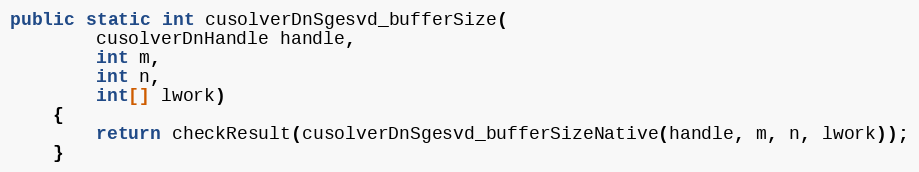
Language: Java
public static int cusolverDnSgesvd_bufferSize(
        cusolverDnHandle handle,
        int m,
        int n,
        int[] lwork)
    {
        return checkResult(cusolverDnSgesvd_bufferSizeNative(handle, m, n, lwork));
    }